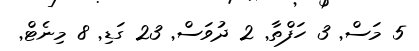
5 މަސް